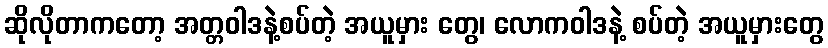
ဆိုလိုတာကတော့ အတ္တဝါဒနဲ့စပ်တဲ့ အယူမှား တွေ၊ လောကဝါဒနဲ့ စပ်တဲ့ အယူမှားတွေ